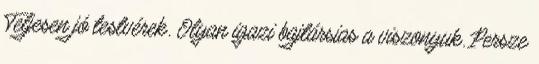
Teljesen jó testvérek. Olyan igazi bajtársias a viszonyuk. Persze